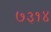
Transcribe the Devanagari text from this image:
७३१४